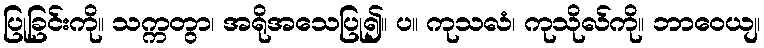
ပြုခြင်းကို။ သက္ကတွာ၊ အရိုအသေပြု၍။ ပ။ ကုသလံ၊ ကုသိုလ်ကို။ ဘာဝေယျ၊